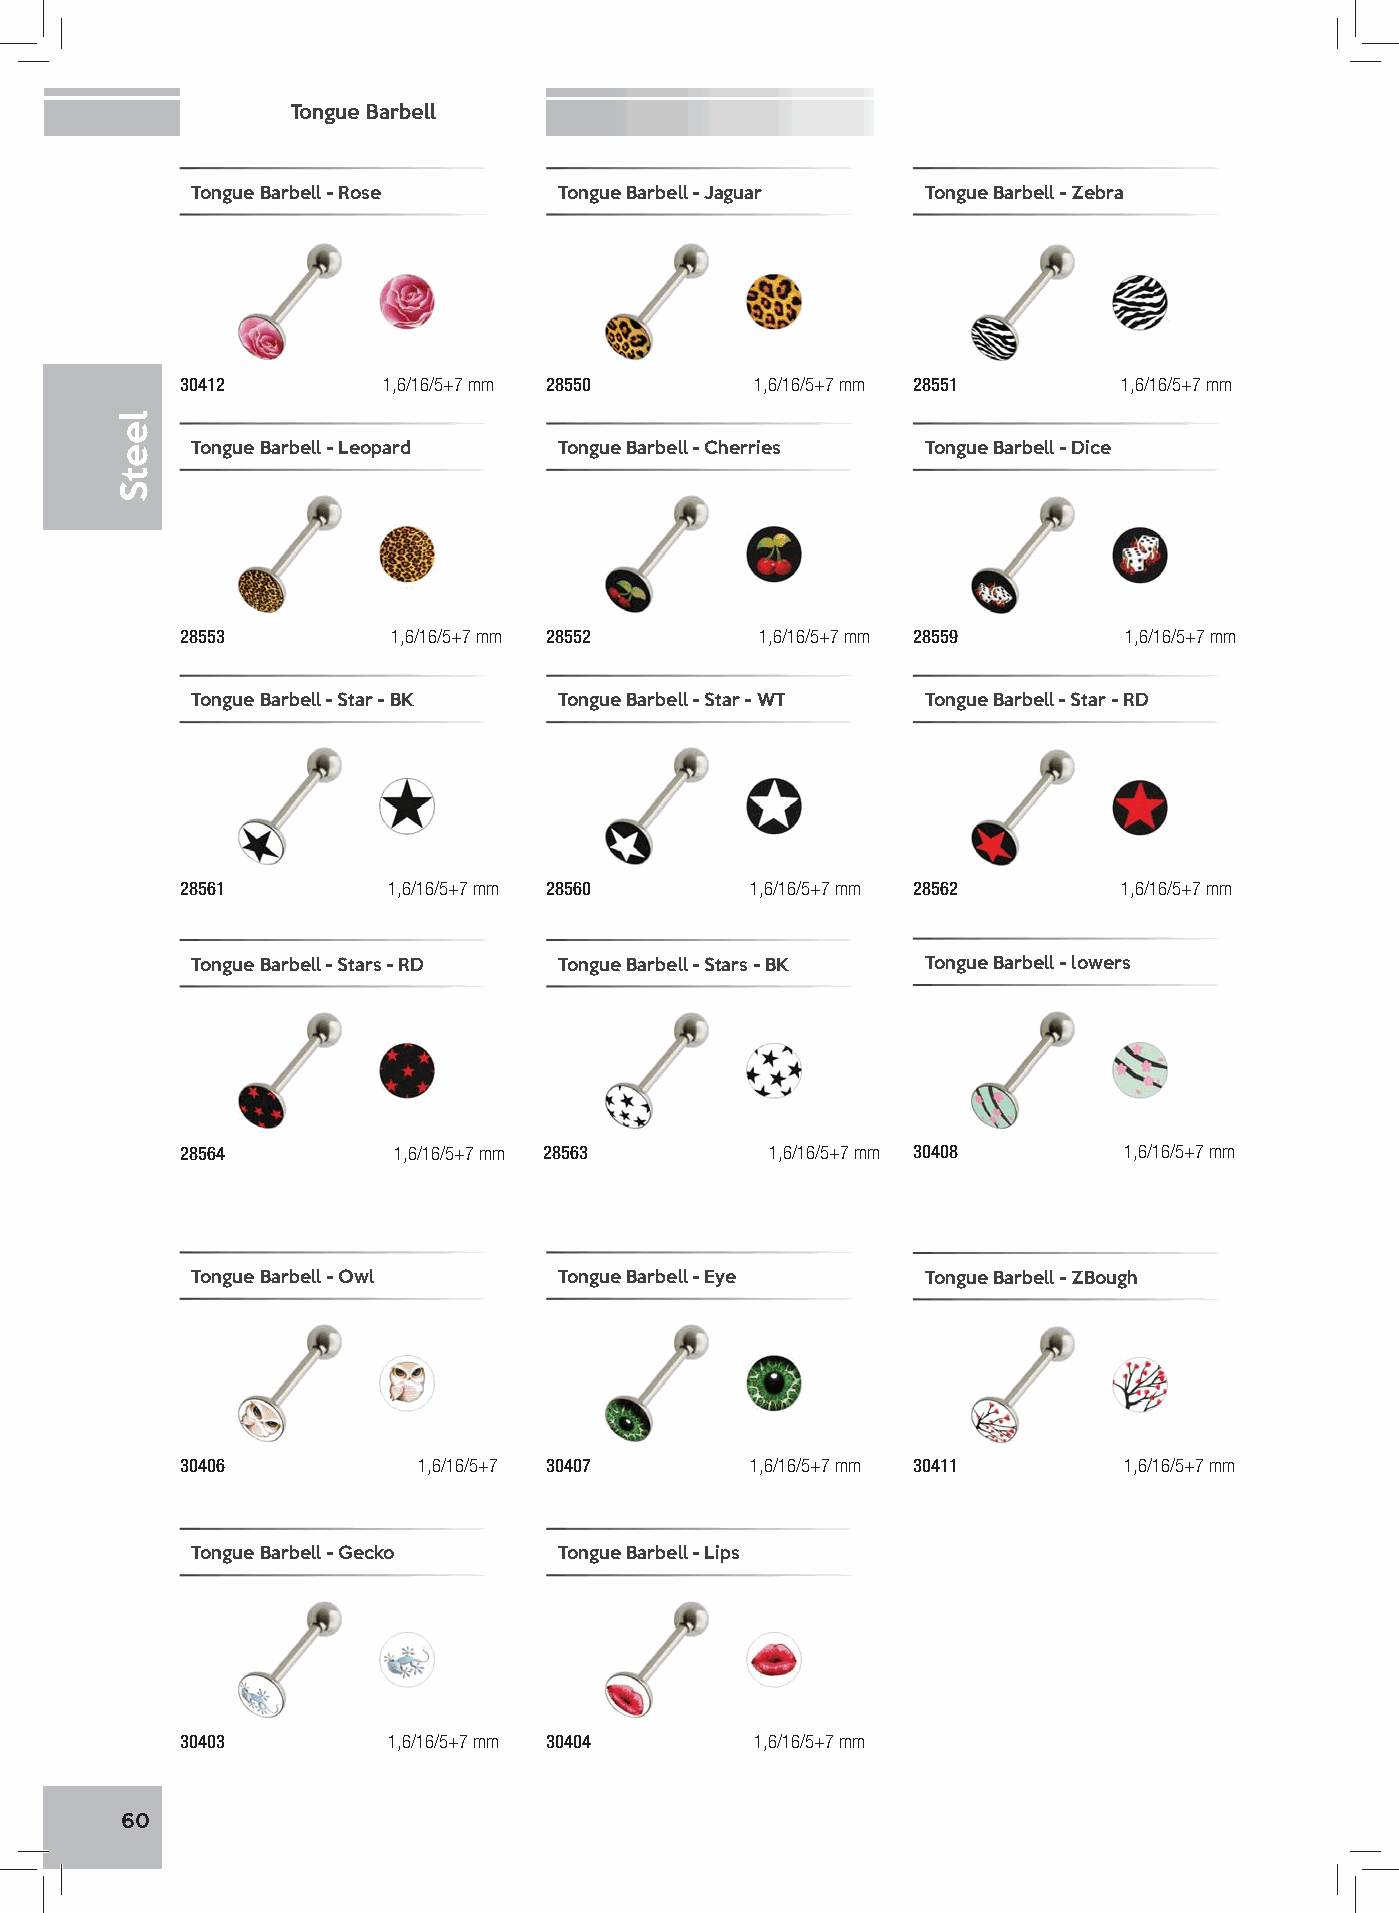
Tongue Barbell
 Tongue Barbell - Rose   Tongue Barbell - Jaguar Tongue Barbell - Zebra
 30412        1,6/16/5+7 mm 28550      1,6/16/5+7 mm 28551     1,6/16/5+7 mm
 Tongue Barbell - Leopard Tongue Barbell - Cherries Tongue Barbell - Dice
 28553         1,6/16/5+7 mm 28552     1,6/16/5+7 mm 28559      1,6/16/5+7 mm
 Tongue Barbell - Star - BK Tongue Barbell - Star - WT Tongue Barbell - Star - RD
 28561         1,6/16/5+7 mm 28560     1,6/16/5+7 mm 28562     1,6/16/5+7 mm
 Tongue Barbell - Stars - RD Tongue Barbell - Stars - BK Tongue Barbell - lowers
 28564         1,6/16/5+7 mm 28563      1,6/16/5+7 mm 30408    1,6/16/5+7 mm
 Tongue Barbell - Owl    Tongue Barbell - Eye    Tongue Barbell - ZBough
 30406           1,6/16/5+7 30407      1,6/16/5+7 mm 30411     1,6/16/5+7 mm
 Tongue Barbell - Gecko  Tongue Barbell - Lips
 30403         1,6/16/5+7 mm 30404     1,6/16/5+7 mm
 60
 leetS